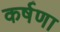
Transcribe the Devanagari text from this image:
कर्षणा